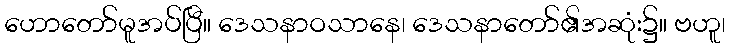
ဟောတော်မူအပ်ပြီ။ ဒေသနာဝသာနေ၊ ဒေသနာတော်၏အဆုံး၌။ ဗဟူ၊